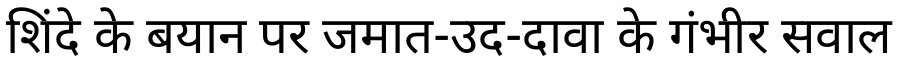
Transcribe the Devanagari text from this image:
शिंदे के बयान पर जमात-उद-दावा के गंभीर सवाल